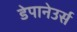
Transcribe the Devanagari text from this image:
डेपानेउर्स